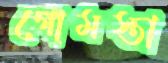
গোমস্তা